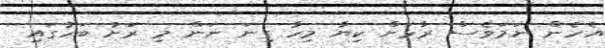
އެހެން ނަމަވެސް ރާޅަށް ކިޔާ މިހާ ގިނަ ނަން މި ރަށު ބަހުގައި